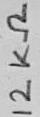
Text: 12KΩ